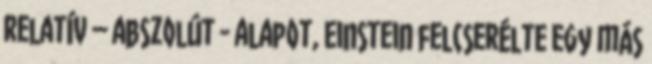
relatív – abszolút - alapot, Einstein felcserélte egy más